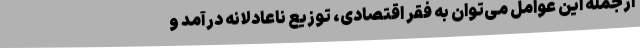
ازجمله این عوامل می‌توان به فقر اقتصادی، توزیع ناعادلانه درآمد و